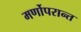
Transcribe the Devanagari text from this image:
मर्णोपरान्त